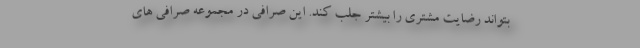
بتواند رضايت مشتري را بيشتر جلب کند. اين صرافي در مجموعه صرافي هاي